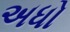
અધો